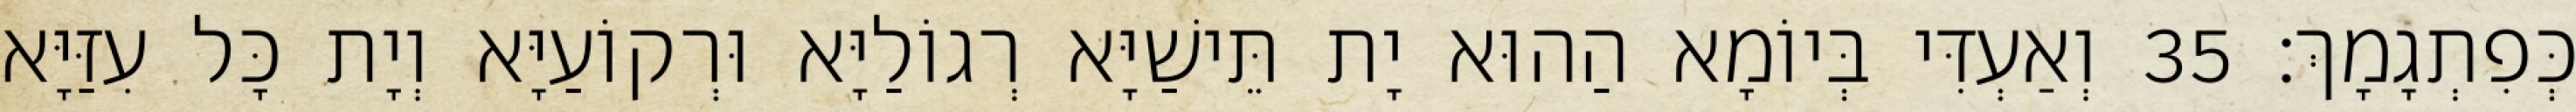
כְּפִתְגָמָךְ׃ 35 וְאַעְדִּי בְּיוֹמָא הַהוּא יָת תֵּישַׁיָּא רְגוֹלַיָּא וּרְקוֹעַיָּא וְיָת כָּל עִזַּיָּא